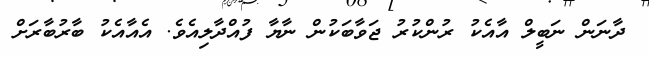
ދާނަން ނަބީލް އާއެކު ރުންކުރު ޖަވާބަކުން ނާޔާ ފުއްދާލިއެވެ. އެއާއެކު ބާރުބާރަށް